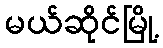
မယ်ဆိုင်မြို့